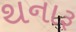
થનારૂ